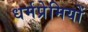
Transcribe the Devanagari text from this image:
धर्मप्रेमियों